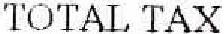
TOTAL TAX